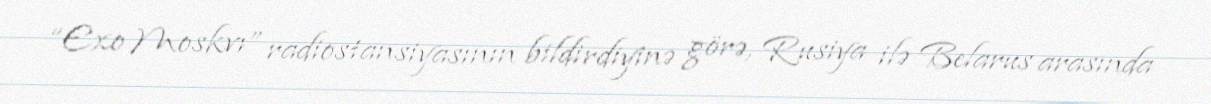
“Exo Moskvı” radiostansiyasının bildirdiyinə görə, Rusiya ilə Belarus arasında